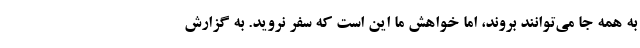
به همه جا می‌توانند بروند، اما خواهش ما این است که سفر نروید. به گزارش